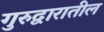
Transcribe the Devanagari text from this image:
गुरुद्वारातील